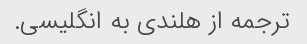
ترجمه از هلندی به انگلیسی.